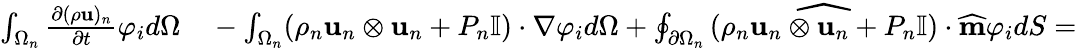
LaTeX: \begin{array}{rl}{\int_{\Omega_{n}}\frac{\partial(\rho\textbf{u})_{n}}{\partial t}\varphi_{i}d\Omega}&{{}-\int_{\Omega_{n}}(\rho_{n}\textbf{u}_{n}\otimes\textbf{u}_{n}+P_{n}\mathbb{I})\cdot\nabla\varphi_{i}d\Omega+\oint_{\partial\Omega_{n}}\widehat{(\rho_{n}\textbf{u}_{n}\otimes\textbf{u}_{n}+P_{n}\mathbb{I})}\cdot\widehat{\textbf{m}}\varphi_{i}dS=}\end{array}